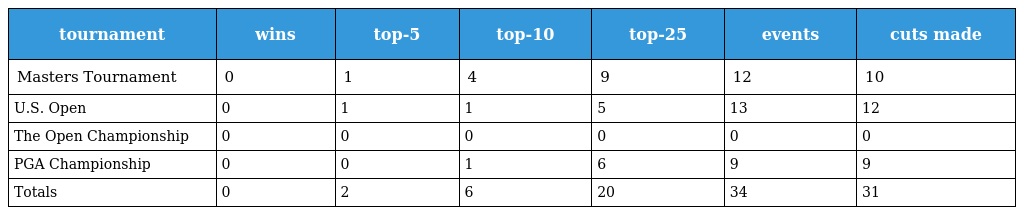
| tournament | wins | top-5 | top-10 | top-25 | events | cuts made |
 | --- | --- | --- | --- | --- | --- | --- |
 | Masters Tournament | 0 | 1 | 4 | 9 | 12 | 10 |
 | U.S. Open | 0 | 1 | 1 | 5 | 13 | 12 |
 | The Open Championship | 0 | 0 | 0 | 0 | 0 | 0 |
 | PGA Championship | 0 | 0 | 1 | 6 | 9 | 9 |
 | Totals | 0 | 2 | 6 | 20 | 34 | 31 |